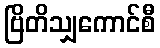
ဗြိတိသျှကောင်စီ